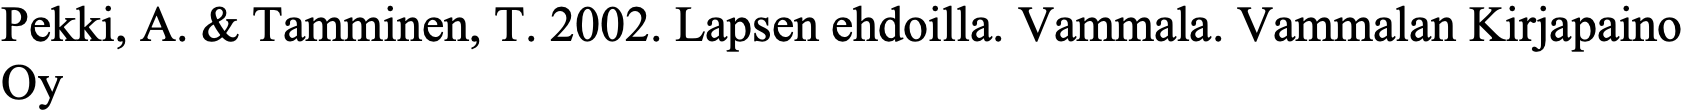
Pekki, A. & Tamminen, T. 2002. Lapsen ehdoilla. Vammala. Vammalan Kirjapaino Oy